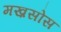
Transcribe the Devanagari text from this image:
मख़सोस